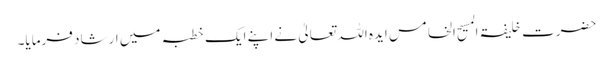
حضرت خلیفۃ المسیح الخامس ایدہ اللہ تعالیٰ نے اپنے ایک خطبہ میں ارشاد فرمایا۔